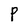
Character: P